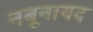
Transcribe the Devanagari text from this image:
नबूनायद